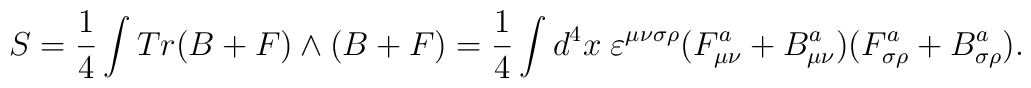
S={1\over{4}}\int Tr(B+F)\wedge (B+F) ={1\over{4}}\int d^4x \;\varepsilon^{\mu\nu\sigma\rho}(F_{\mu\nu}^a+B_{\mu\nu}^a)(F_{\sigma\rho}^a+B_{\sigma\rho}^a).